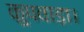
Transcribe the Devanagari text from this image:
कुपवाड़ा।